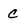
Character: c